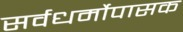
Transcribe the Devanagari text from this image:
सर्वधर्मोपासक